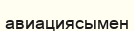
авиациясымен